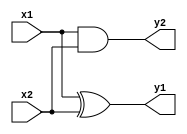
`timescale 1ns / 1ps
//////////////////////////////////////////////////////////////////////////////////
// Company: 
// Engineer: 
// 
// Design Name: 
// Module Name:    wallace_tree 
// Project Name: 
// Target Devices: 
// Tool versions: 
// Description: 
//
// Dependencies: 
//
// Revision: 
// Revision 0.01 - File Created
// Additional Comments: 
//
//////////////////////////////////////////////////////////////////////////////////
module half_adder(input x1, input x2, output y1, output y2);
assign y1 = x1^x2;
assign y2= x1&x2;
endmodule

module full_adder(input alpha, input beta, input gamma, output full_sum, output full_carry);
assign full_sum = (alpha^beta)^gamma;
assign full_carry = (alpha&beta) | (gamma&(alpha^beta)); 
endmodule

module wallace_tree(
input [3:0] a,
input [3:0] b,
output [7:0] prod
);

wire s11,s12,s13,s14,s15,s22,s23,s24,s25,s26,s32,s34,s35,s36,s37;
wire c11,c12,c13,c14,c15,c22,c23,c24,c25,c26,c32,c34,c35,c36,c37;
wire [3:0] p0;
wire [3:0] p1;
wire [3:0] p2;
wire [3:0] p3;

assign p0[0] = a[0]&b[0];
assign p0[1] = a[1]&b[0];
assign p0[2] = a[2]&b[0];
assign p0[3] = a[3]&b[0];

assign p1[0] = a[0]&b[1];
assign p1[1] = a[1]&b[1];
assign p1[2] = a[2]&b[1];
assign p1[3] = a[3]&b[1];

assign p2[0] = a[0]&b[2];
assign p2[1] = a[1]&b[2];
assign p2[2] = a[2]&b[2];
assign p2[3] = a[3]&b[2];

assign p3[0] = a[0]&b[3];
assign p3[1] = a[1]&b[3];
assign p3[2] = a[2]&b[3];
assign p3[3] = a[3]&b[3];

assign prod[0] = p0[0];
assign prod[1] = s11;
assign prod[2] = s22;
assign prod[3] = s32;
assign prod[4] = s34;
assign prod[5] = s35;
assign prod[6] = s36;
assign prod[7] = s37;

half_adder ha11(p0[1],p1[0],s11,c11);
full_adder fa12(p0[2],p1[1],p2[0],s12,c12);
full_adder fa13(p0[3],p1[2],p2[1],s13,c13);
full_adder fa14(p1[3],p2[2],p3[1],s14,c14);
half_adder ha15(p2[3],p3[2],s15,c15);


half_adder ha22(c11,s12,s22,c22);
full_adder fa23(p3[0],c12,s13,s23,c23);
full_adder fa24(c13,c32,s14,s24,c24);
full_adder fa25(c14,c24,s15,s25,c25);
full_adder fa26(c15,c25,p3[3],s26,c26);


half_adder ha32(c22,s23,s32,c32);
half_adder ha34(c23,s24,s34,c34);
half_adder ha35(c34,s25,s35,c35);
half_adder ha36(c35,s26,s36,c36);
half_adder ha37(c36,c26,s37,c37); 

endmodule